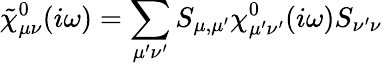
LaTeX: \tilde{\chi}_{\mu\nu}^{0}(i\omega)=\sum_{\mu^{\prime}\nu^{\prime}}S_{\mu,\mu^{\prime}}\chi_{\mu^{\prime}\nu^{\prime}}^{0}(i\omega)S_{\nu^{\prime}\nu}\,